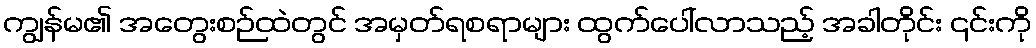
ကျွန်မ၏ အတွေးစဉ်ထဲတွင် အမှတ်ရစရာများ ထွက်ပေါ်လာသည့် အခါတိုင်း ၎င်းကို